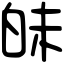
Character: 𤽜